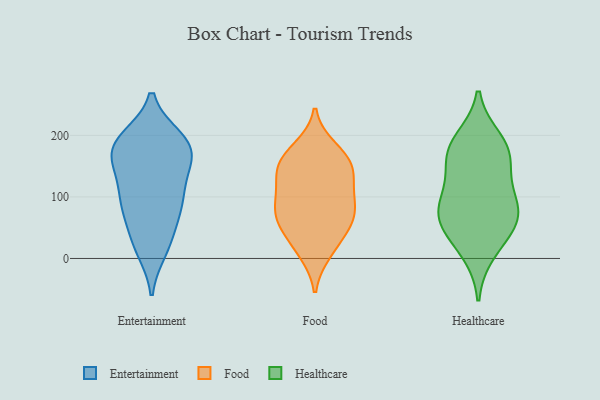
{"axis": {"x": "Gross Profit (USD K)", "y": "Value"}, "legend": ["Entertainment", "Food", "Healthcare"], "data": [{"x": "", "y": 176, "type": "Entertainment"}, {"x": "", "y": 91, "type": "Entertainment"}, {"x": "", "y": 173, "type": "Entertainment"}, {"x": "", "y": 150, "type": "Entertainment"}, {"x": "", "y": 75, "type": "Entertainment"}, {"x": "", "y": 193, "type": "Entertainment"}, {"x": "", "y": 29, "type": "Entertainment"}, {"x": "", "y": 195, "type": "Entertainment"}, {"x": "", "y": 191, "type": "Entertainment"}, {"x": "", "y": 74, "type": "Entertainment"}, {"x": "", "y": 187, "type": "Entertainment"}, {"x": "", "y": 168, "type": "Entertainment"}, {"x": "", "y": 101, "type": "Entertainment"}, {"x": "", "y": 125, "type": "Entertainment"}, {"x": "", "y": 23, "type": "Entertainment"}, {"x": "", "y": 94, "type": "Entertainment"}, {"x": "", "y": 14, "type": "Entertainment"}, {"x": "", "y": 146, "type": "Entertainment"}, {"x": "", "y": 163, "type": "Food"}, {"x": "", "y": 74, "type": "Food"}, {"x": "", "y": 50, "type": "Food"}, {"x": "", "y": 82, "type": "Food"}, {"x": "", "y": 91, "type": "Food"}, {"x": "", "y": 57, "type": "Food"}, {"x": "", "y": 178, "type": "Food"}, {"x": "", "y": 20, "type": "Food"}, {"x": "", "y": 160, "type": "Food"}, {"x": "", "y": 72, "type": "Food"}, {"x": "", "y": 122, "type": "Food"}, {"x": "", "y": 146, "type": "Food"}, {"x": "", "y": 120, "type": "Food"}, {"x": "", "y": 11, "type": "Food"}, {"x": "", "y": 147, "type": "Food"}, {"x": "", "y": 50, "type": "Healthcare"}, {"x": "", "y": 162, "type": "Healthcare"}, {"x": "", "y": 75, "type": "Healthcare"}, {"x": "", "y": 168, "type": "Healthcare"}, {"x": "", "y": 192, "type": "Healthcare"}, {"x": "", "y": 72, "type": "Healthcare"}, {"x": "", "y": 11, "type": "Healthcare"}, {"x": "", "y": 112, "type": "Healthcare"}, {"x": "", "y": 54, "type": "Healthcare"}, {"x": "", "y": 94, "type": "Healthcare"}, {"x": "", "y": 176, "type": "Healthcare"}]}